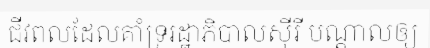
ជីវពលដែលគាំទ្ររដ្ឋាភិបាលស៊ីរី បណ្តាលឲ្យ